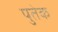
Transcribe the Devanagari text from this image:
पुतेक